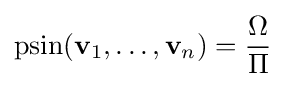
\operatorname {psin} (\mathbf {v} _{1},\dots ,\mathbf {v} _{n})={\frac {\Omega }{\Pi }}